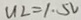
U L = 1 . 5 v